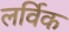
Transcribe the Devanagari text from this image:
लर्विक